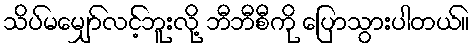
သိပ်မမျှော်လင့်ဘူးလို့ ဘီဘီစီကို ပြောသွားပါတယ်။